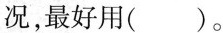
况，最好用（ ）。